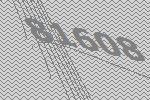
81608